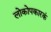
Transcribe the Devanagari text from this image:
लोकोपकारकं